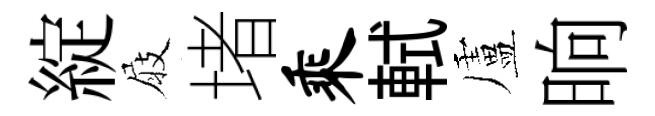
綻屐堵乘軾盧晌